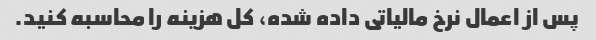
پس از اعمال نرخ مالیاتی داده شده، کل هزینه را محاسبه کنید.